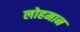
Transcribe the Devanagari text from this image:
लोहमान